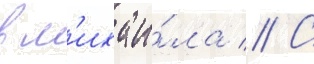
в м'ихаи́ла // С